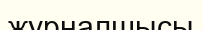
журналшысы